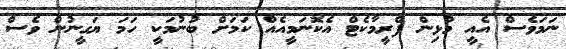
ނަމަވެސް އެއީ މުޅިން ފްރީމާކެޓް އެކޮނަމީއެއް ކަމަށް ބުނުމަކީ ހަމަ ޔަގީނުން ވެސް